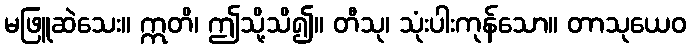
မဖြူဆဲသေး။ ဣတိ၊ ဤသို့သိ၍။ တီသု၊ သုံးပါးကုန်သော။ တာသုယေဝ